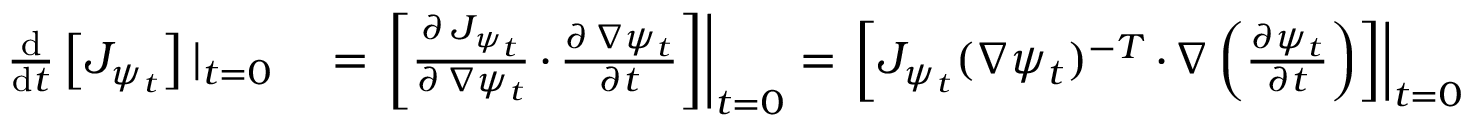
\begin{array} { r l } { \frac { \mathrm { d } } { \mathrm { d } t } \left[ J _ { \psi _ { t } } \right] | _ { t = 0 } } & { { } = \left. \left[ \frac { \partial \, J _ { \psi _ { t } } } { \partial \, \nabla \psi _ { t } } \, { \cdot } \, \frac { \partial \, \nabla \psi _ { t } } { \partial t } \right] \right| _ { t = 0 } = \left. \left[ J _ { \psi _ { t } } ( \nabla \psi _ { t } ) ^ { - T } \, { \cdot } \, \nabla \left( \frac { \partial \psi _ { t } } { \partial t } \right) \right] \right| _ { t = 0 } } \end{array}